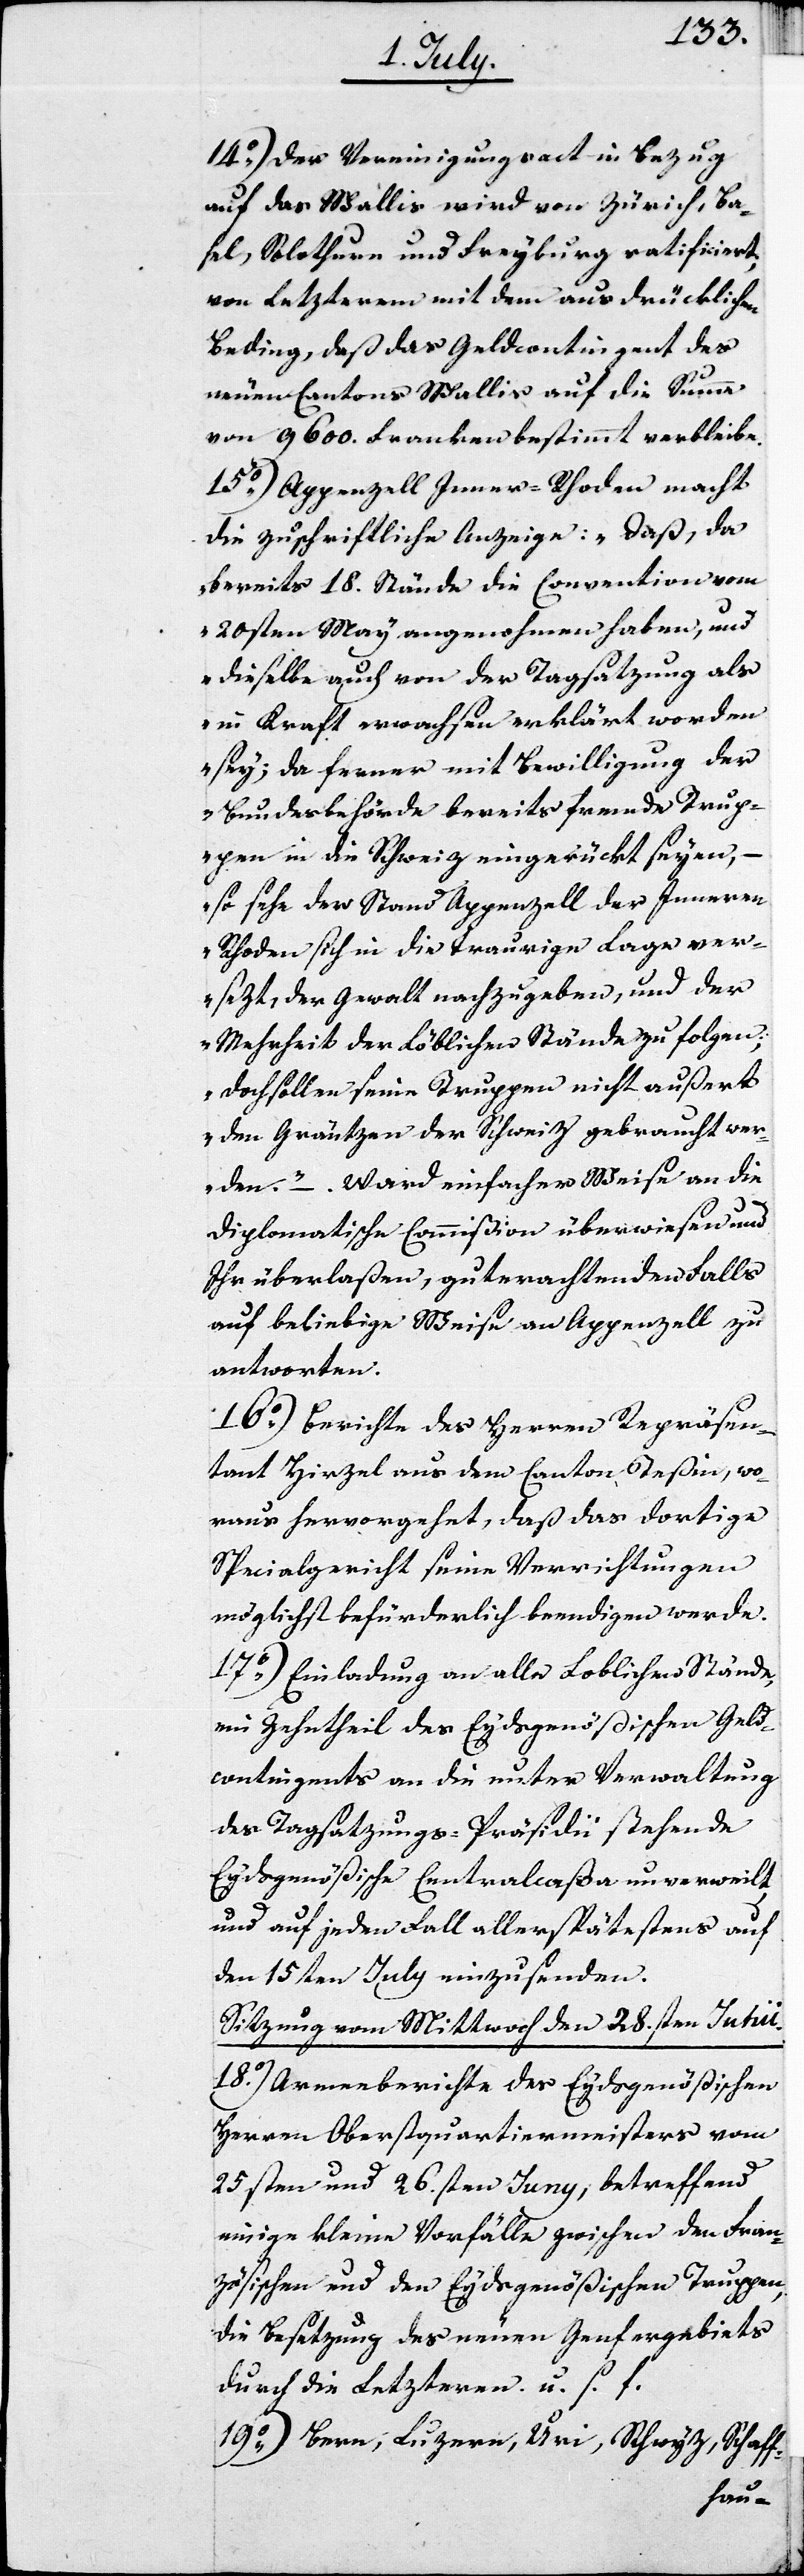
14o) Der Vereinigungsact in Bezug
auf das Wallis wird von Zürich, Ba¬
sel, Solothurn und Freyburg ratificiert,
von Letzterem mit dem ausdrücklichen
Beding, daß das Geldcontingent des
neuen Cantons Wallis auf die Summa
von 9600. Franken bestimmt verbleibe.
15o) Appenzell Inner-Rhoden macht
die zuschriftliche Anzeige: „daß, da
bereits 18. Stände die Convention vom
20sten May angenohmen haben, und
dieselbe auch von der Tagsatzung als
in Kraft erwachsen erklärt worden
sey; da ferner mit Bewilligung der
Bundesbehörde bereits fremde Trup¬
pen in die Schweiz eingerückt seyen, –
so sehe der Stand Appenzell der Inneren
Rhoden sich in die traurige Lage ver¬
sezt, der Gewalt nachzugeben, und der
Mehrheit der Loblichen Stände zu folgen;
doch sollen seine Truppen nicht außert
den Gräntzen der Schweiz gebracht wer¬
den.“ – ward einfacher Weise an die
Diplomatische Commißion überwiesen und
Ihr überlaßen, guterachtenden Falls
auf beliebige Weise an Appenzell zu
antworten.
16o) Berichte des Herren Repräsen¬
tant Hirzel aus dem Canton Teßin, wo¬
raus hervorgeht, daß das dortige
Spezialgericht seine Verrichtungen
möglichst befürderlich beendigen werde.
17o) Einladung an alle Loblichen Stände,
ein Zehntheil des Eydsgenößischen Geld¬
contingents an die unter Verwaltung
des Tagsatzungs-Präsidii stehende
Eydsgenößische Centralcaßa unverweilt,
und auf jeden Fall allerspätestens auf
den 15ten July einzusenden.
Sitzung vom Mittwoch den 28.sten Junii.
18o) Armeeberichte des Eydsgenößischen
Herren Oberstquartiermeisters vom
25sten und 26sten Juny, betreffend
einige kleine Vorfälle zwischen den Fran¬
zösischen und den Eydsgenößischen Truppen,
die Besetzung des neuen Genfergebiets
durch die Letzteren u. s. f.
19o) Bern, Luzern, Uri, Schwyz, Schaff-